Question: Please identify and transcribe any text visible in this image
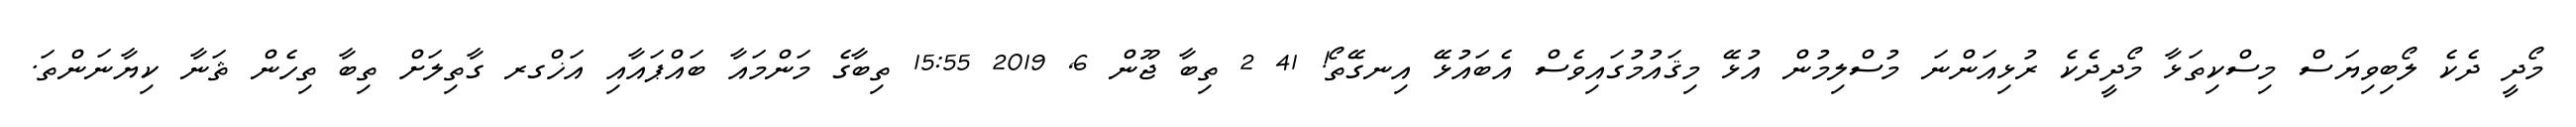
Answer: މޯދީ ދެކެ ލޯބިވިޔަސް މިސްކިތަޅާ މޯދީދެކެ ރުޅިއަންނަ މުސްލިމުން އުޅޭ މިޤައުމުގައިވެސް އެބައުޅޭ އިނގޭތޯ! 41 2 ތިބާ ޖޫން 6, 2019 15:55 ތިބާގެ މަންމައާ ބައްޕައާއި އަޚްގރ ގާތިލަށް ތިބާ ތިހެން ޘަނާ ކިޔާނަންތަ.